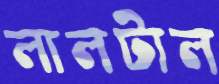
লালটাল